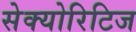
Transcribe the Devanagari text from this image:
सेक्योरिटिज